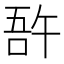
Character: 𠵦